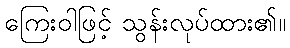
ကြေးဝါဖြင့် သွန်းလုပ်ထား၏။